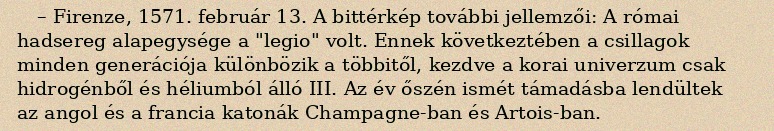
– Firenze, 1571. február 13. A bittérkép további jellemzői: A római hadsereg alapegysége a "legio" volt. Ennek következtében a csillagok minden generációja különbözik a többitől, kezdve a korai univerzum csak hidrogénből és héliumból álló III. Az év őszén ismét támadásba lendültek az angol és a francia katonák Champagne-ban és Artois-ban.